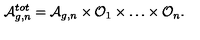
{ \cal A } _ { g , n } ^ { t o t } = { \cal A } _ { g , n } \times { \cal O } _ { 1 } \times \dots \times { \cal O } _ { n } .